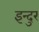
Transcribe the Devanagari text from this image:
इन्दुर